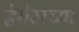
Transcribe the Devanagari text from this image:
हेगेलच्या